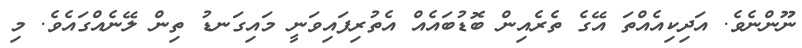
ނޫންނެވެ. އަދިކިއެއްތަ އޭގެ ތެރެއިން ބޮޑުބައެއް އެތުރިފައިވަނީ މައިގަނޑު ތިން ލޭނެއްގައެވެ. މި